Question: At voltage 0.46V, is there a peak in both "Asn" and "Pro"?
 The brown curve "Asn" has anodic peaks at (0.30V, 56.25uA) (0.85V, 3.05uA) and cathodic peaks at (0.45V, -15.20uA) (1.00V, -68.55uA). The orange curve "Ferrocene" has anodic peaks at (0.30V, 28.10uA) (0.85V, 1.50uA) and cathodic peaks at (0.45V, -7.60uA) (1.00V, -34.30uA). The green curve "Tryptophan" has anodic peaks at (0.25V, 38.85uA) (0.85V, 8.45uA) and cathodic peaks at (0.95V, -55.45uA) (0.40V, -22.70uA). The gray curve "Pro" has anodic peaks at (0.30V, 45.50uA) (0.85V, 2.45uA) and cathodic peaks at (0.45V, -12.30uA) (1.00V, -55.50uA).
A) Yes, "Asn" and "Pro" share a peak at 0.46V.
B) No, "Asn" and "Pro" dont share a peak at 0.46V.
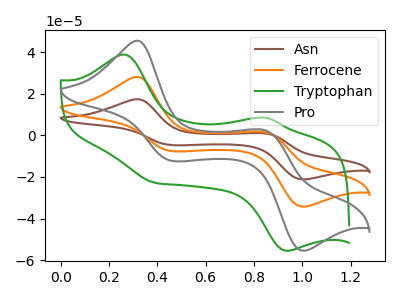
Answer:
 <answer>A) Yes, "Asn" and "Pro" share a peak at 0.46V.</answer>
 <eval>A</eval>